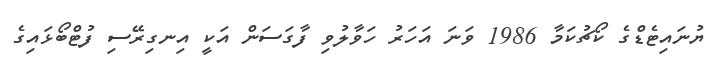
ޔުނައިޓެޑްގެ ކޯޗުކަމާ 1986 ވަނަ އަހަރު ހަވާލުވި ފާގަސަން އަކީ އިނގިރޭސި ފުޓްބޯޅައިގެ